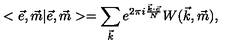
< \vec { e } , \vec { m } | \vec { e } , \vec { m } > = \sum _ { \vec { k } } e ^ { 2 \pi i \frac { \vec { k } \cdot \vec { e } } { N } } W ( \vec { k } , \vec { m } ) ,